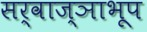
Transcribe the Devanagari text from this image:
सर्वाज्ञाभूप